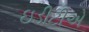
ઇડીટીએ